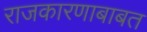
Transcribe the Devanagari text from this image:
राजकारणाबाबत